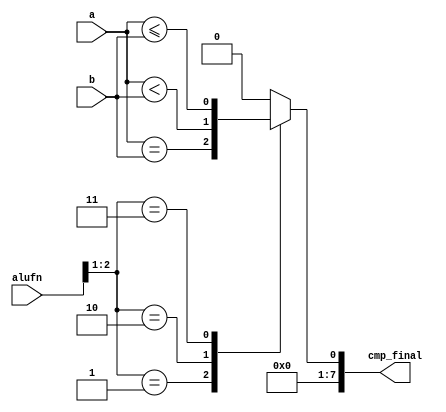
/*
   This file was generated automatically by the Mojo IDE version B1.3.6.
   Do not edit this file directly. Instead edit the original Lucid source.
   This is a temporary file and any changes made to it will be destroyed.
*/

module comparable_27 (
    input [5:0] alufn,
    input [7:0] a,
    input [7:0] b,
    output reg [7:0] cmp_final
  );
  
  
  
  always @* begin
    cmp_final[1+6-:7] = 7'h00;
    
    case (alufn[1+1-:2])
      2'h1: begin
        cmp_final[0+0-:1] = a == b;
      end
      2'h2: begin
        cmp_final[0+0-:1] = a < b;
      end
      2'h3: begin
        cmp_final[0+0-:1] = a <= b;
      end
      default: begin
        cmp_final[0+0-:1] = 1'h0;
      end
    endcase
  end
endmodule